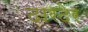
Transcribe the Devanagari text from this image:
दारदेर